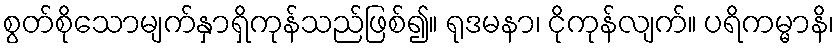
စွတ်စိုသောမျက်နှာရှိကုန်သည်ဖြစ်၍။ ရုဒမနာ၊ ငိုကုန်လျက်။ ပရိကမ္မာနိ၊